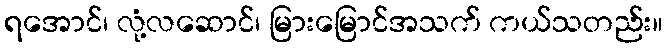
ရအောင်၊ လုံ့လဆောင်၊ မြားမြောင်အသက် ကယ်သတည်း။